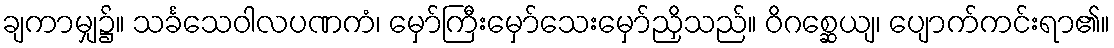
ချကာမျှ၌။ သင်္ခသေဝါလပဏကံ၊ မှော်ကြီးမှော်သေးမှော်ညှိသည်။ ဝိဂစ္ဆေယျ၊ ပျောက်ကင်းရာ၏။